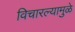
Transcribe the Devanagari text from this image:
विचारल्यामुळे